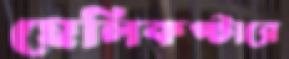
হেলিকপ্টারে